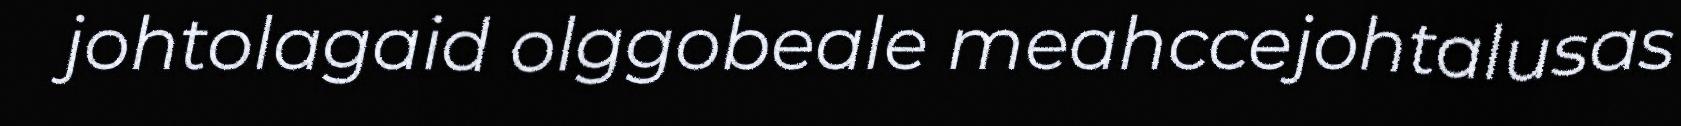
johtolagaid olggobeale meahccejohtalusas